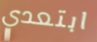
ابتعدي